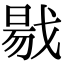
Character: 㦹